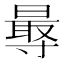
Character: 𭕁